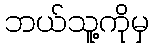
ဘယ်သူ့ကိုမှ